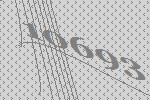
10693